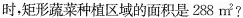
时，矩形蔬菜种植区域的面积是288m^{2}?